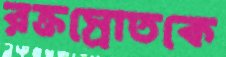
রক্তস্রোতকে